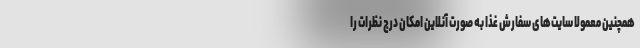
همچنین معمولا سایت‌های سفارش غذا به صورت آنلاین امکان درج نظرات را